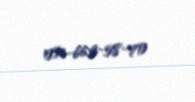
051-662-58-70